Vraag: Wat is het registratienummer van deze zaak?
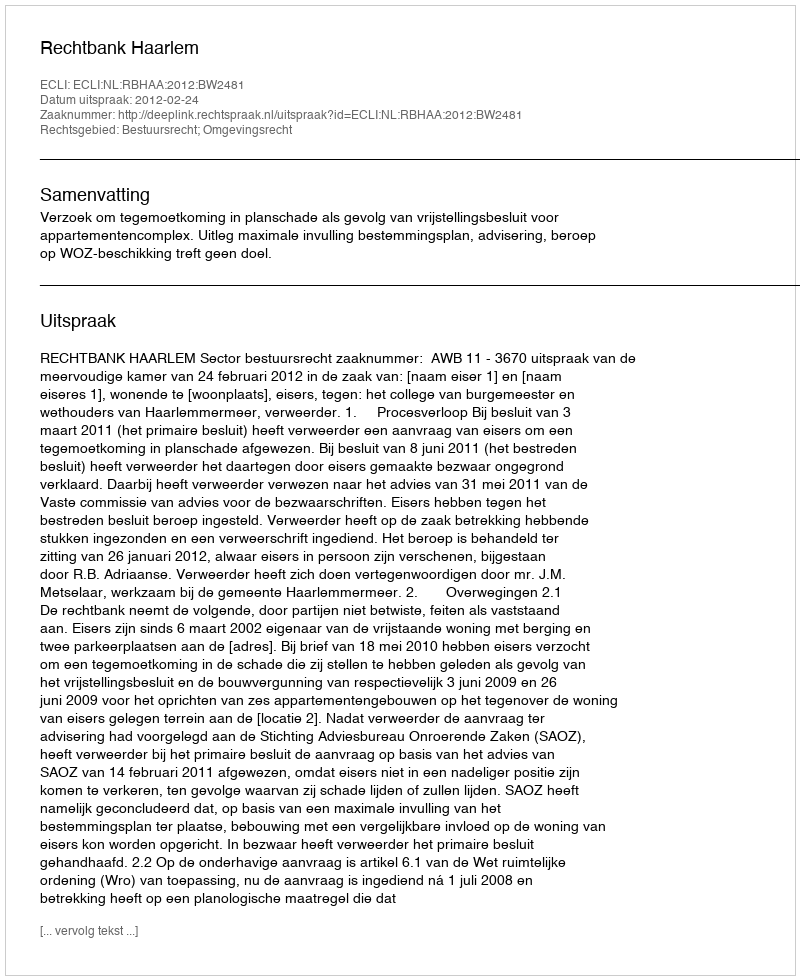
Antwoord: http://deeplink.rechtspraak.nl/uitspraak?id=ECLI:NL:RBHAA:2012:BW2481